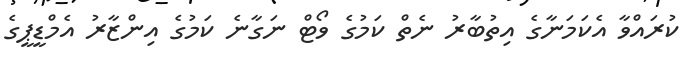
ކުރައްވާ އެކަމަނާގެ އިތުބާރު ނެތް ކަމުގެ ވޯޓް ނަގާނެ ކަމުގެ އިންޒާރު އެމްޑީޕީގެ